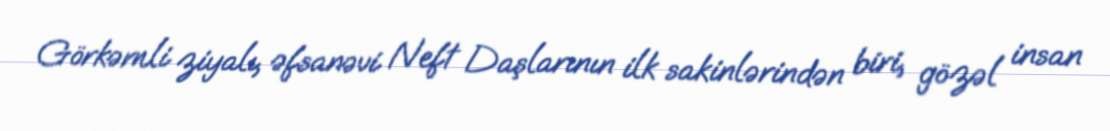
Görkəmli ziyalı, əfsanəvi Neft Daşlarının ilk sakinlərindən biri, gözəl insan